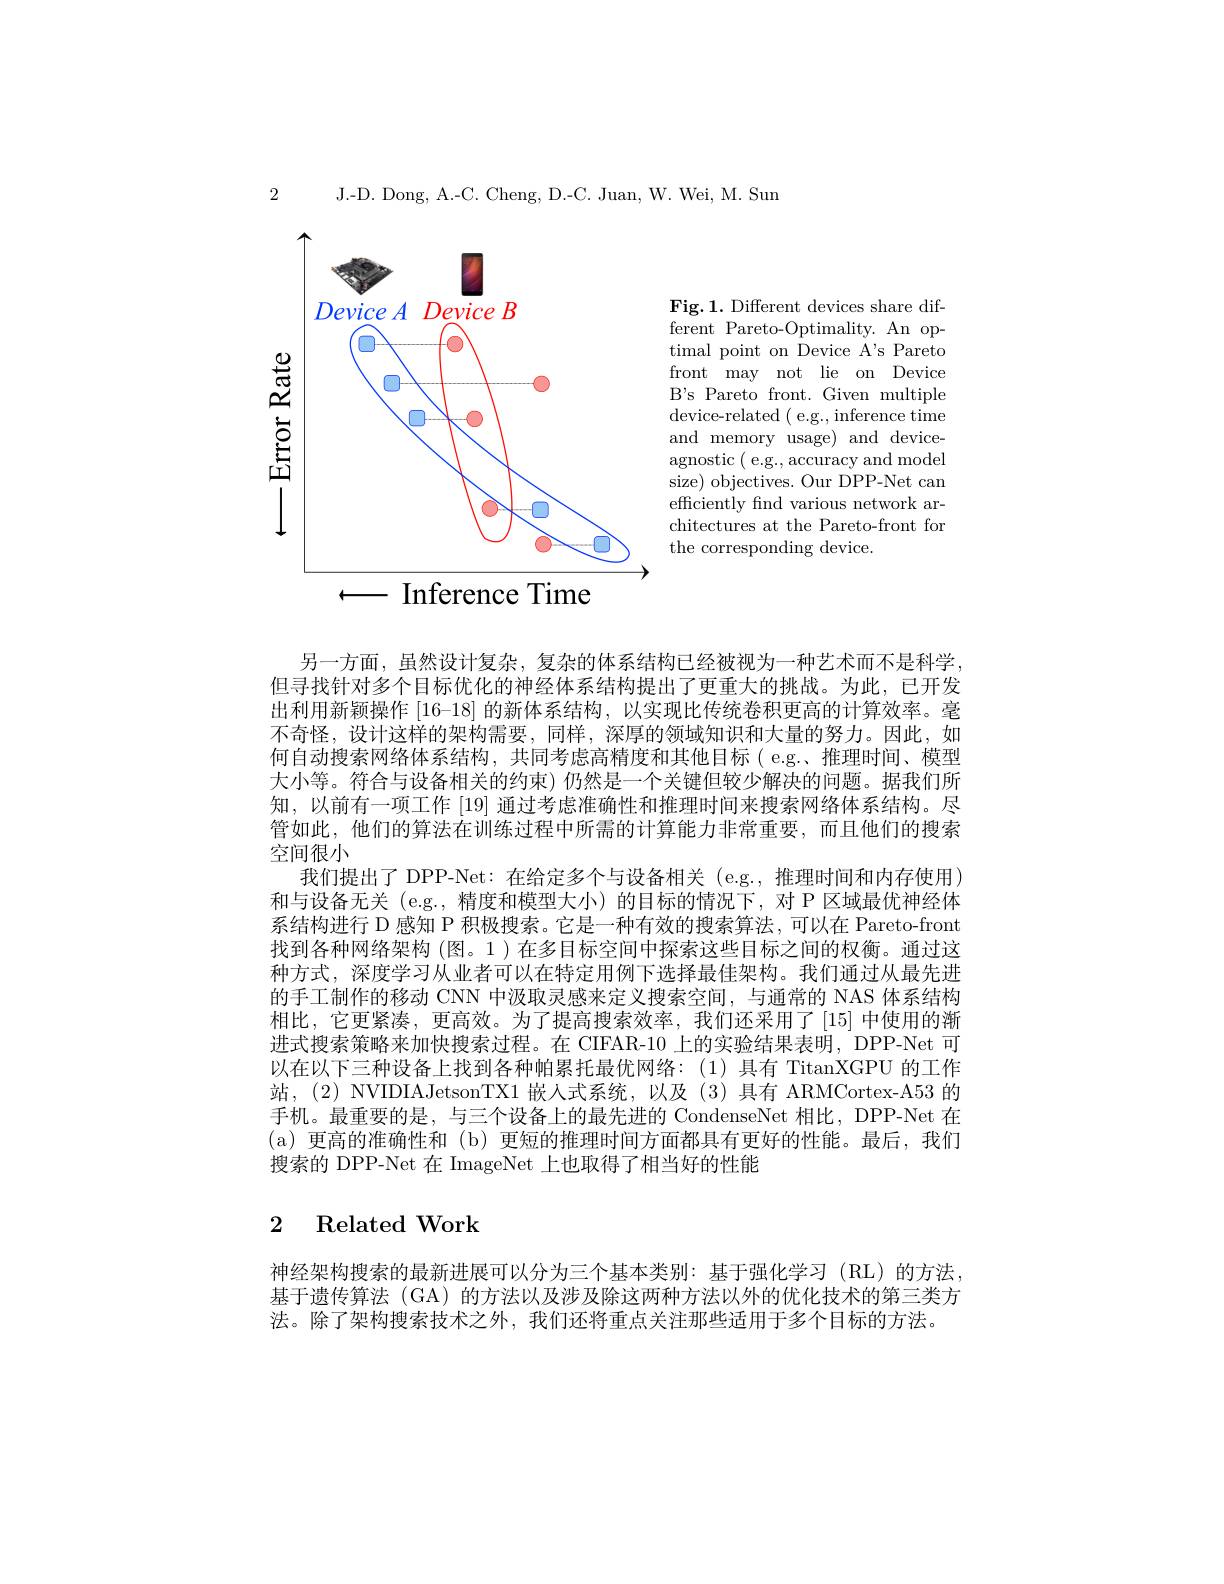
J.-D. Dong, A.-C. Cheng, D.-C. Juan, W. Wei, M. Sun

2

<FigureHere>
$\longleftarrow$ Inference Time

Fig.1. Different devices share different Pareto-Optimality. An optimal point on Device A's Pareto front may not lie on Device B's Pareto front. Given multiple device-related ( e.g., inference time and memory usage) and deviceagnostic (e.g., accuracy and model size) objectives. Our DPP-Net can efficiently find various network architectures at the Pareto-front for the corresponding device.

另一方面，虽然设计复杂，复杂的体系结构已经被视为一种艺术而不是科学但寻找针对多个目标优化的神经体系结构提出了更重大的挑战。为此，已开发出利用新颖操作 [16-18] 的新体系结构，以实现比传统卷积更高的计算效率。毫不奇怪，设计这样的架构需要，同样，深厚的领域知识和大量的努力。因此，如何自动搜索网络体系结构，共同考虑高精度和其他目标( e.g.、推理时间、模型大小等。符合与设备相关的约束)仍然是一个关键但较少解决的问题。据我们所知，以前有一项工作 [19] 通过考虑准确性和推理时间来搜索网络体系结构。尽管如此，他们的算法在训练过程中所需的计算能力非常重要，而且他们的搜索空间很小
我们提出了 DPP-Net: 在给定多个与设备相关 (e.g.,推理时间和内存使用) 和与设备无关 (e.g.,精度和模型大小)的目标的情况下，对 P 区域最优神经体系结构进行 D 感知 P 积极搜索。它是一种有效的搜索算法，可以在 Pareto-front 找到各种网络架构(图。1)在多目标空间中探索这些目标之间的权衡。通过这种方式，深度学习从业者可以在特定用例下选择最佳架构。我们通过从最先进的手工制作的移动 CNN 中汲取灵感来定义搜索空间，与通常的 NAS 体系结构相比，它更紧凑，更高效。为了提高搜索效率，我们还采用了[15]中使用的渐进式搜索策略来加快搜索过程。在 CIFAR-10 上的实验结果表明，DPP-Net 可以在以下三种设备上找到各种帕累托最优网络：(1)具有 TitanXGPU 的工作站，(2) NVIDIAJetsonTX1 嵌人式系统，以及(3)具有 ARMCortex-A53 的手机。最重要的是，与三个设备上的最先进的 CondenseNet 相比，DPP-Net 在(a)更高的准确性和 (b) 更短的推理时间方面都具有更好的性能。最后，我们搜索的 DPP-Net 在 ImageNet 上也取得了相当好的性能

## 2 Related Work

神经架构搜索的最新进展可以分为三个基本类别：基于强化学习(RL)的方法基于遗传算法 (GA) 的方法以及涉及除这两种方法以外的优化技术的第三类方法。除了架构搜索技术之外，我们还将重点关注那些适用于多个目标的方法。